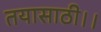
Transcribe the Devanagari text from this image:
तयासाठी।।